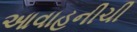
આવાહનીચી